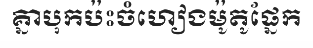
គ្នាបុកប៉ះចំហៀងម៉ូតូផ្នែក